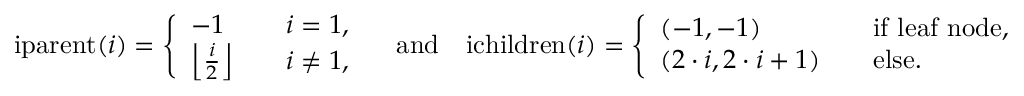
\mathrm { i p a r e n t } ( i ) = \left\{ \begin{array} { l l } { - 1 \quad } & { i = 1 , } \\ { \left\lfloor \frac { i } { 2 } \right\rfloor \quad } & { i \neq 1 , } \end{array} \right. \quad \mathrm { a n d } \quad \mathrm { i c h i l d r e n } ( i ) = \left\{ \begin{array} { l l } { ( - 1 , - 1 ) \quad } & { \mathrm { i f ~ l e a f ~ n o d e } , } \\ { ( 2 \cdot i , 2 \cdot i + 1 ) \quad } & { \mathrm { e l s e . } } \end{array} \right.